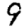
Digit: 9